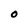
Character: O